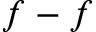
f - f